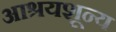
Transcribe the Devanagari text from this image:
आश्रयशून्य